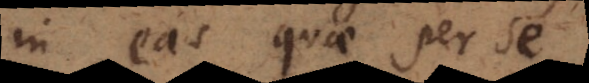
in eas quae per se